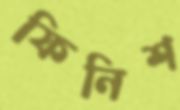
ফিনিশ